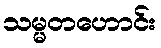
သမ္မတဟောင်း